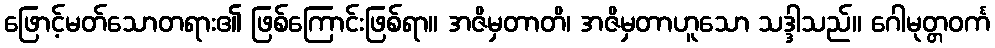
ဖြောင့်မတ်သောတရား၏ ဖြစ်ကြောင်းဖြစ်ရာ။ အဇိမှတာတိ၊ အဇိမှတာဟူသော သဒ္ဒါသည်။ ဂေါမုတ္တဝင်္က